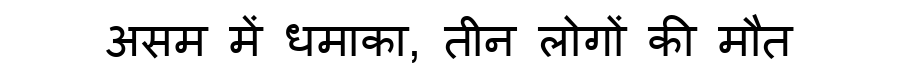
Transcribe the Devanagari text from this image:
असम में धमाका, तीन लोगों की मौत